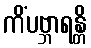
ကိံပဗ္ဘာရန္တိ